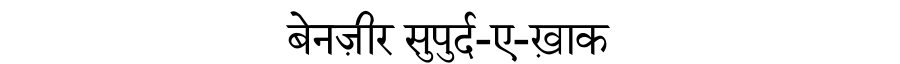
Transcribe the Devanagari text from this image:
बेनज़ीर सुपुर्द-ए-ख़ाक